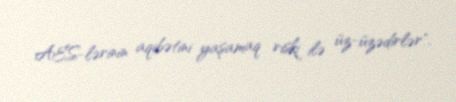
AES-lərinin aqibətini yaşamaq riski ilə üz-üzədirlər".